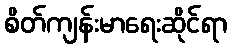
စိတ်ကျန်းမာရေးဆိုင်ရာ